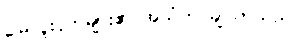
မြေလူးငှက်များ၏ အသံက ချိုသာသည်။